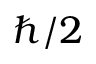
\hbar / 2